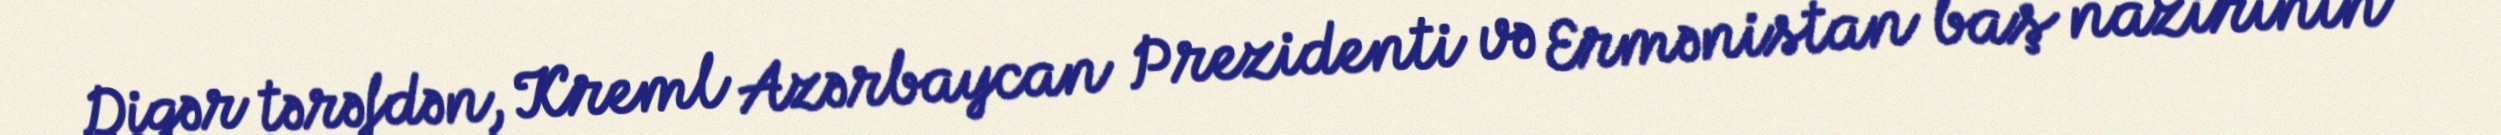
Digər tərəfdən, Kreml Azərbaycan Prezidenti və Ermənistan baş nazirinin